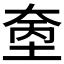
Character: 𪥓